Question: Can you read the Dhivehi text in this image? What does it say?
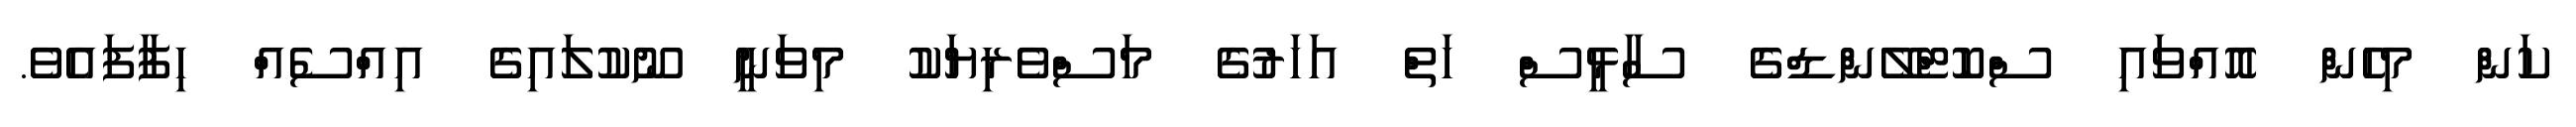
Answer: ކަން މިހެން އޮއްވައި ސްކޮޓްލޭންޑްގެ ސާޅީސް ހަތް އަހަރުގެ މަސްވެރިޔަކު މިވަނީ ނޫކުލައިގެ އިއްސެއް ހިފާފައެވެ.